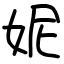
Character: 妮